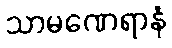
သာမဏေရာနံ